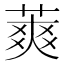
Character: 䔪